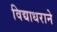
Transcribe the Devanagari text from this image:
विद्याधराने